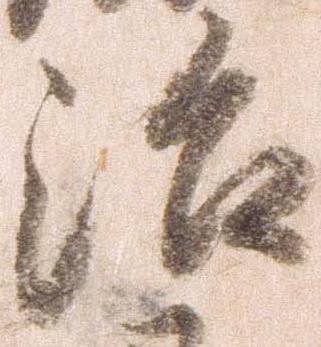
治